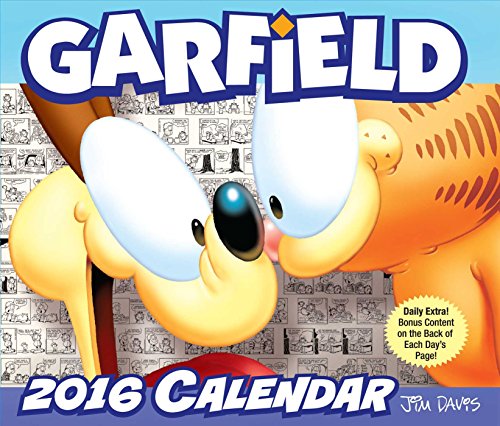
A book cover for Garfield 2016 Day-to-Day Calendar; Jim Davis; Calendars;